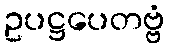
ဥပဋ္ဌပေတဗ္ဗံ